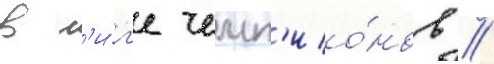
в л'и́г'е чемп'ио́нов //